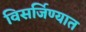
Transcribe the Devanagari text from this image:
विसर्जिण्यात